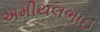
અમીયલભાઈ